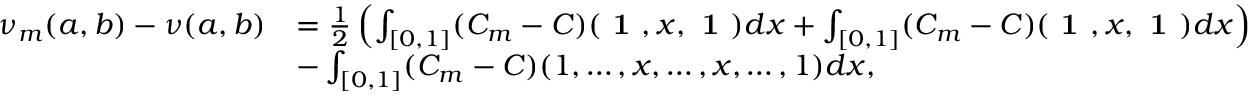
\begin{array} { r l } { \nu _ { m } ( a , b ) - \nu ( a , b ) } & { = \frac { 1 } { 2 } \left( \int _ { [ 0 , 1 ] } ( C _ { m } - C ) ( \textbf { 1 } , x , \textbf { 1 } ) d x + \int _ { [ 0 , 1 ] } ( C _ { m } - C ) ( \textbf { 1 } , x , \textbf { 1 } ) d x \right) } \\ & { - \int _ { [ 0 , 1 ] } ( C _ { m } - C ) ( 1 , \dots , x , \dots , x , \dots , 1 ) d x , } \end{array}